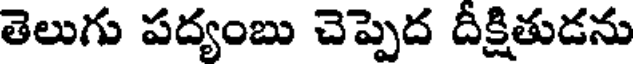
తెలుగు పద్యంబు చెప్పెద దీక్షితుడను